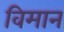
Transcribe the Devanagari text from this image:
विमान